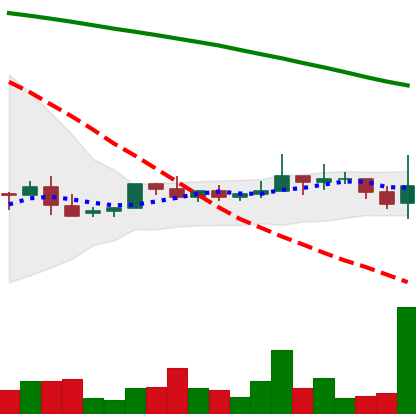
Ticker: NEO-USD
Chart end date: 2022-06-12
Forward return: -22.605%
Label: down_7plus